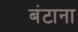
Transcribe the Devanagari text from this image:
बंटाना